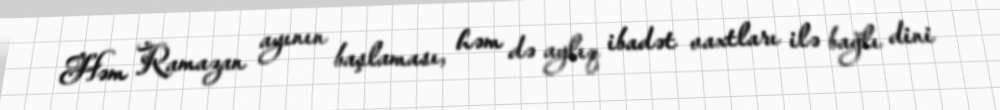
Həm Ramazan ayının başlaması, həm də aylıq ibadət vaxtları ilə bağlı dini